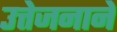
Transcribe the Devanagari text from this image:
उत्तेजनाने